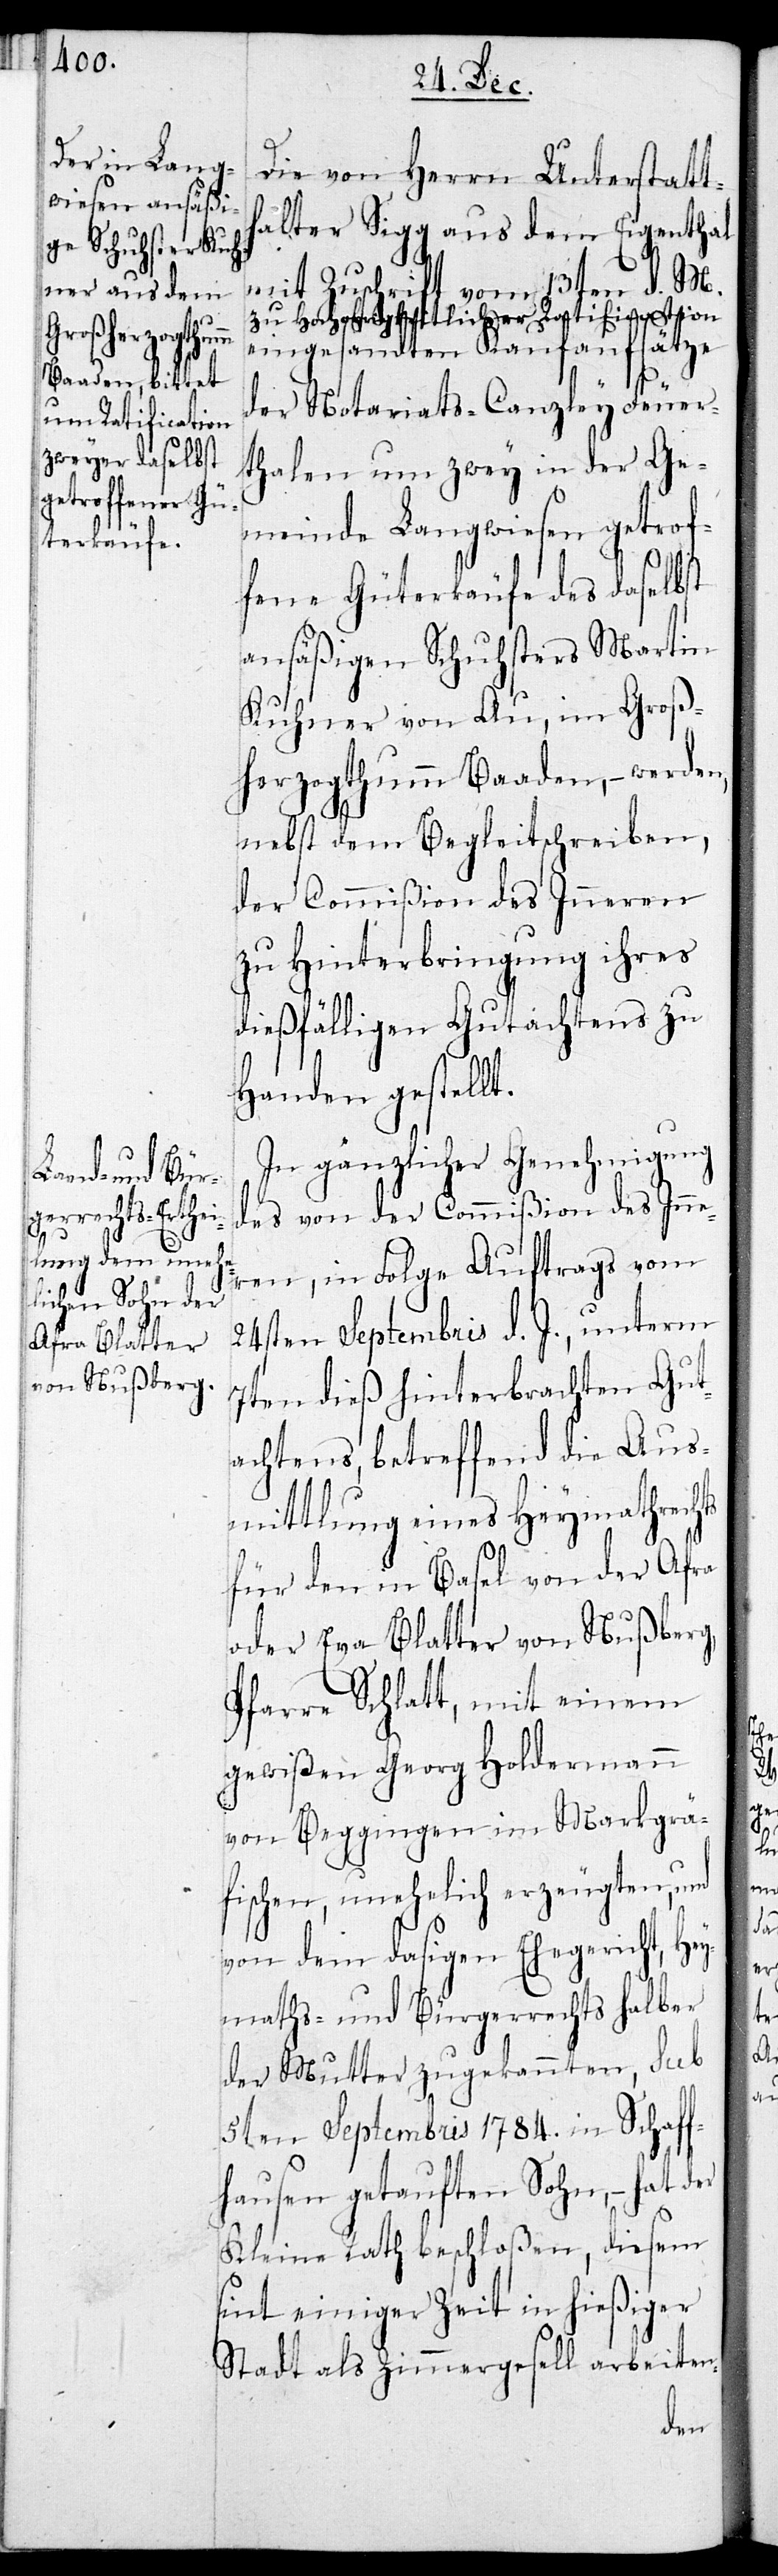
Die von Herrn Unterstatt¬
halter Sigg aus dem Eigenthal
mit Zuschrift vom 13ten d. M.
zu Hochobrigkeitlicher Ratification
eingesandten Kaufaufsätze
der Notariats-Canzley Feuer¬
thalen um zwey in der Ge¬
meinde Langwiesen getrof¬
fene Güterkäufe des daselbst
ansäßigen Schuhsters Martin
Kuhner von Au, im Groß¬
herzogthum Baaden, – werden,
nebst dem Begleitschreiben,
der Commißion des Inneren
zu Hinterbringung ihres
dießfälligen Gutachtens zu
Handen gestellt.
In gänzlicher Genehmigung
des von der Commißion des Inne¬
ren, in Folge Auftrags vom
24sten Septembris d. J., unterm
7ten dieß hinterbrachten Gut¬
achtens, betreffend die Aus¬
mittlung eines Heymathrechts
für den in Basel von der Afra
oder Eva Blatter von Nußberg,
Pfarre Schlatt, mit einem
gewißen Georg Holdermann
von Beggingen im Markgrä¬
fischen, unehelich erzeugten, und
von dem dasigen Ehegericht Hey¬
maths- und Bürgerrechts halber
der Mutter zugekannten, sub
5ten Septembris 1784. in Schaff¬
hausen getauften Sohn, – hat der
Kleine Rath beschloßen, diesem
sint einiger Zeit in hießiger
Stadt als Zimmergesell arbeiten-